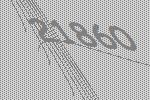
21860